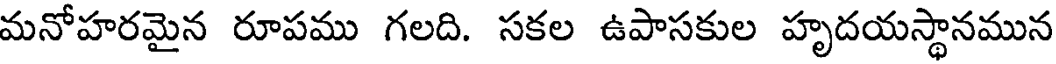
మనోహరమైన రూపము గలది. సకల ఉపాసకుల హృదయస్థానమున